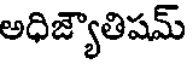
అధిజ్యాతిషమ్